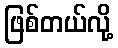
ဖြစ်တယ်လို့